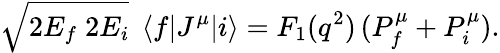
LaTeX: \sqrt{2E_{f}\; 2E_{i}}\; \left<f|J^{\mu}|i\right>=F_{1}(q^{2})\, (P_{f}^{\mu}+P_{i}^{\mu}).